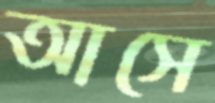
আসে